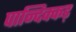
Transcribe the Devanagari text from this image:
पान्दिक्कड़